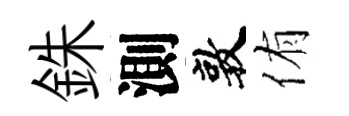
銖測敦侑